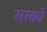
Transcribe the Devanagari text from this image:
सरको